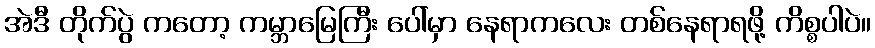
အဲဒီ တိုက်ပွဲ ကတော့ ကမ္ဘာမြေကြီး ပေါ်မှာ နေရာကလေး တစ်နေရာရဖို့ ကိစ္စပါပဲ။